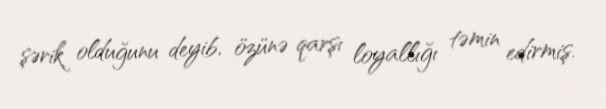
şərik olduğunu deyib, özünə qarşı loyallığı təmin edirmiş.